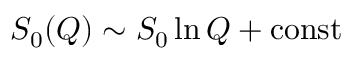
S _ { 0 } ( Q ) \sim S _ { 0 } \ln Q + \mathrm { c o n s t }